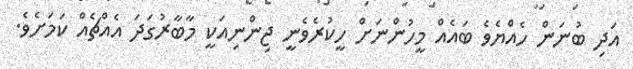
އަދި ބުނަން ހެއްޔެވެ ބައެއް މީހުންނަށް ހީކުރެވެނީ ޖިންނިއަކީ މާބާރުގަދަ އެއްޗެއް ކަމަށެވެ.